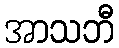
အာသဘီ